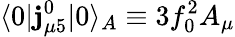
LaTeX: \langle0\vert\mathbf{j}_{\mu5}^{0}\vert0\rangle_{A}\equiv3f_{0}^{2}A_{\mu}